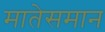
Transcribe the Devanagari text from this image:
मातेसमान